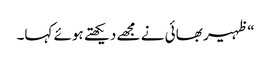
“ظہیر بھائی نے مجھے دیکھتے ہوئے کہا۔